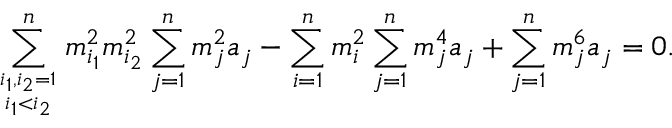
\sum _ { i _ { 1 } , i _ { 2 } = 1 \atop i _ { 1 } < i _ { 2 } } ^ { n } m _ { i _ { 1 } } ^ { 2 } m _ { i _ { 2 } } ^ { 2 } \sum _ { j = 1 } ^ { n } m _ { j } ^ { 2 } a _ { j } - \sum _ { i = 1 } ^ { n } m _ { i } ^ { 2 } \sum _ { j = 1 } ^ { n } m _ { j } ^ { 4 } a _ { j } + \sum _ { j = 1 } ^ { n } m _ { j } ^ { 6 } a _ { j } = 0 .